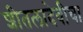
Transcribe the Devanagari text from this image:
शीतलादेवीचा